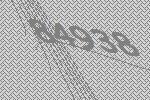
84938